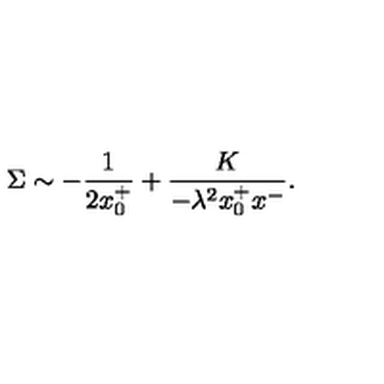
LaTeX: \Sigma \sim - { \frac { 1 } { 2 x _ { 0 } ^ { + } } } + \frac { K } { - \lambda ^ { 2 } x _ { 0 } ^ { + } x ^ { - } } .